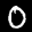
Label: 0